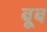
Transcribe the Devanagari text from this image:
बूब